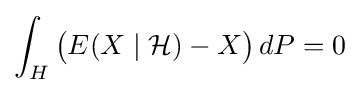
\int _{H}{\big (}E(X\mid {\mathcal {H}})-X{\big )}\,dP=0